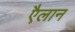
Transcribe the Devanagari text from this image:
एैलान